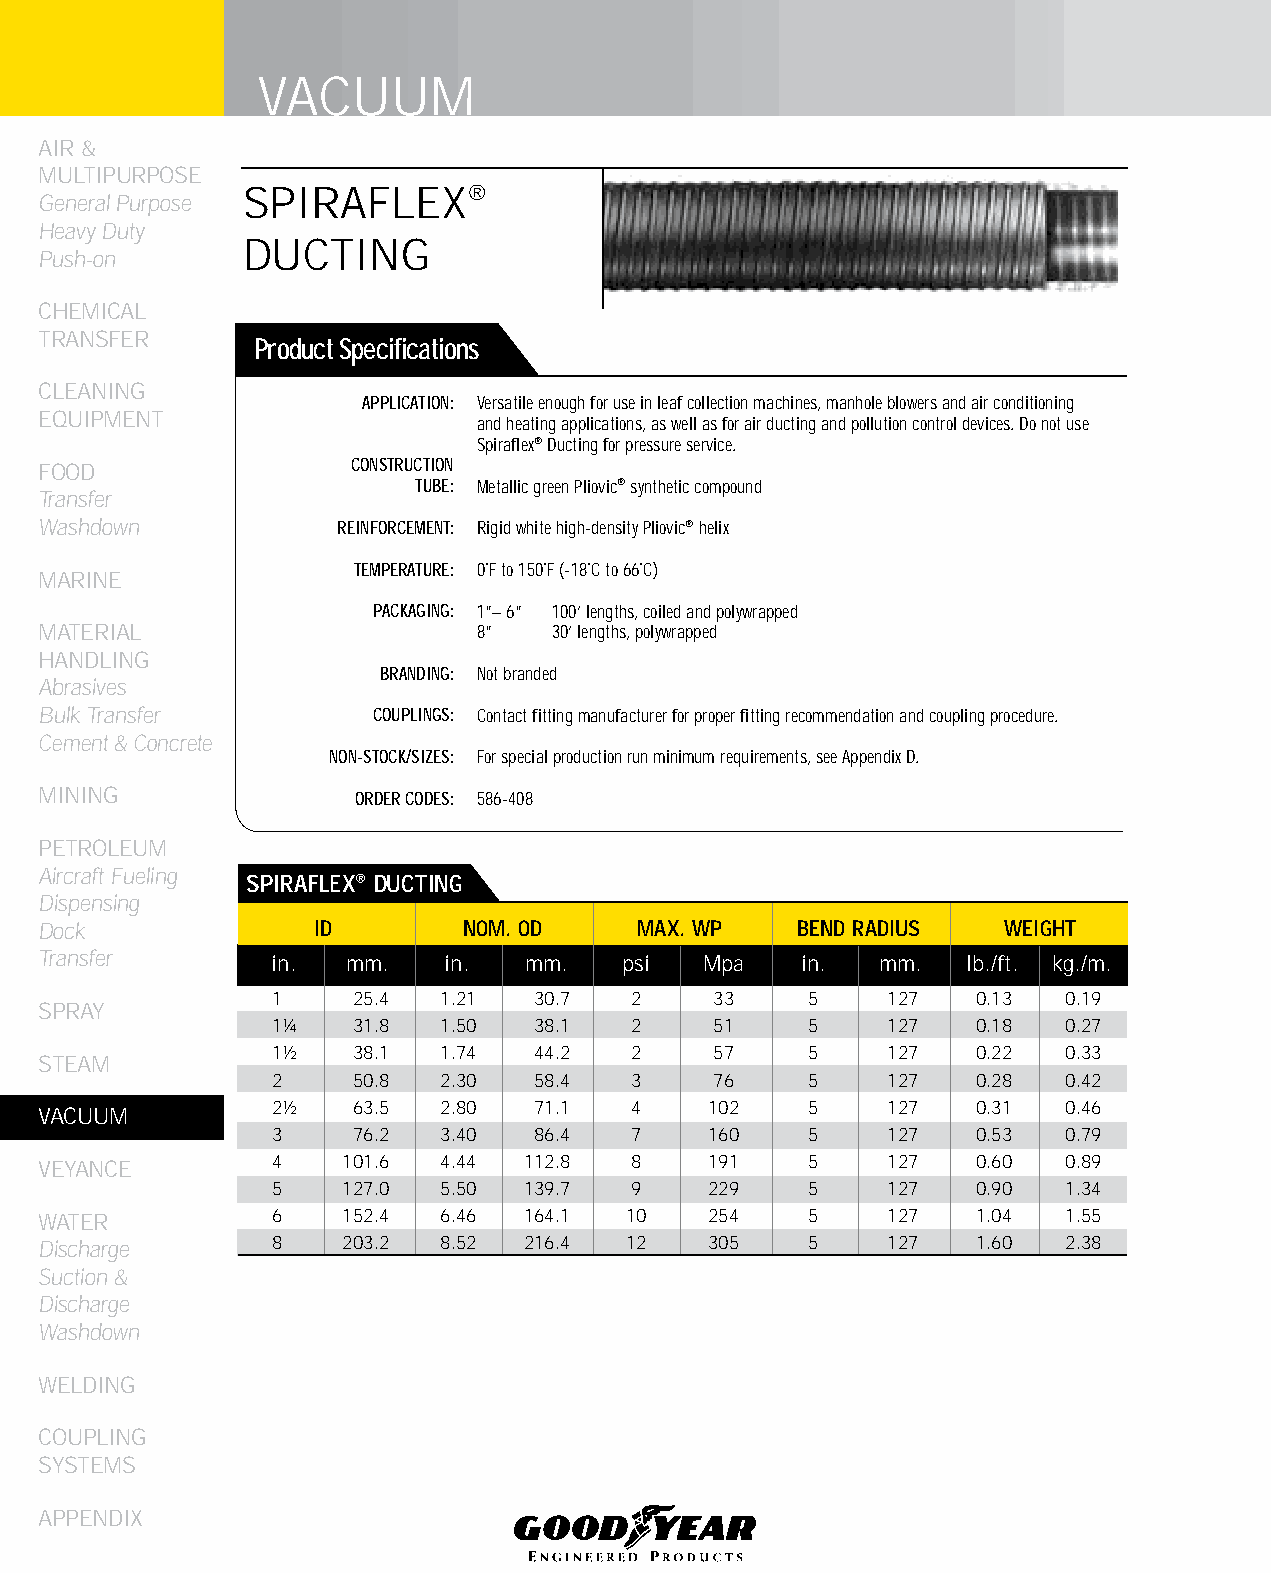
VACUUM
 AIR &
 MULTIPURPOSE
 SPIRAFLEX®
 General Purpose
 Heavy Duty
 DUCTING
 Push-on
 CHEMICAL
 TRANSFER
 Product Specifications
 CLEANING
 APPLICATION: Versatile enough for use in leaf collection machines, manhole blowers and air conditioning
 EqUIPMENT                    and heating applications, as well as for air ducting and pollution control devices. Do not use
 Spiraflex® Ducting for pressure service.
 FOOD                CONSTRUCTION
 TUBE: Metallic green Pliovic® synthetic compound
 Transfer
 Washdown           REINFORCEMENT: Rigid white high-density Pliovic® helix
 TEMPERATURE: 0˚F to 150˚F (-18˚C to 66˚C)
 MARINE
 PACKAGING: 1”– 6” 100’ lengths, coiled and polywrapped
 MATERIAL                     8”   30’ lengths, polywrapped
 HANDLING
 BRANDING: Not branded
 Abrasives
 Bulk Transfer         COUPLINGS: Contact fitting manufacturer for proper fitting recommendation and coupling procedure.
 Cement & Concrete
 NON-STOCK/SIZES: For special production run minimum requirements, see Appendix D.
 MINING               ORDER CODES: 586-408
 PETROLEUM
 Aircraft Fueling
 SPIRAfLEX® DUCTING
 Dispensing
 Dock              ID        NOM. OD    MAX. WP    bEND RADIUS   WEIGHT
 Transfer       in.  mm.    in.  mm.   psi   Mpa   in.  mm.   lb./ft. kg./m.
 1    25.4  1.21  30.7   2    33     5    127   0.13  0.19
 SPRAY
 1¼   31.8  1.50  38.1   2    51     5    127   0.18  0.27
 1½   38.1  1.74  44.2   2    57     5    127   0.22  0.33
 STEAM
 2    50.8  2.30  58.4   3    76     5    127   0.28  0.42
 2½   63.5  2.80  71.1   4    102    5    127   0.31  0.46
 VACUUM
 3    76.2  3.40  86.4   7    160    5    127   0.53  0.79
 VEYANCE        4    101.6 4.44  112.8  8    191    5    127   0.60  0.89
 5    127.0 5.50  139.7  9    229    5    127   0.90  1.34
 WATER          6    152.4 6.46  164.1  10   254    5    127   1.04  1.55
 Discharge      8    203.2 8.52  216.4  12   305    5    127   1.60  2.38
 Suction &
 Discharge
 Washdown
 WELDING
 COUPLING
 SYSTEMS
 APPENDIX
 210